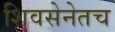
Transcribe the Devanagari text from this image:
शिवसेनेतच